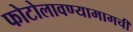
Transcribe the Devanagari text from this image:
फोटोलावण्यामागची